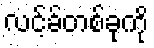
လင့်ခ်တစ်ခုကို